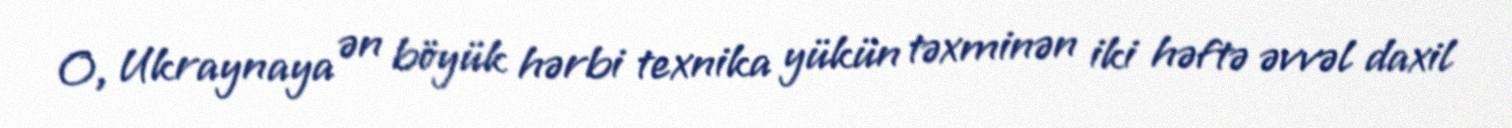
O, Ukraynaya ən böyük hərbi texnika yükün təxminən iki həftə əvvəl daxil